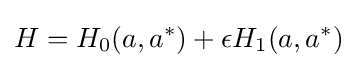
H=H_{0}(a,a^{*})+\epsilon H_{1}(a,a^{*})